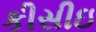
કીસીઇ